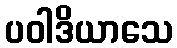
ပဝါဒိယာသေ